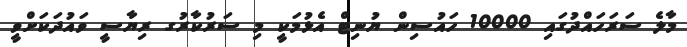
މާލެ ސަރަހައްދުގައި 10000 ހައުސިން ޔުނިޓް އެޅުމަކީ މި ސަރުކާރުގ ރިޔާސީ ވައުދަކަށްވީ